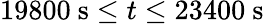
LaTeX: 19800\ \mathrm{s}\leq t\leq 23400\ \mathrm{s}